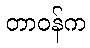
တာဝန်က